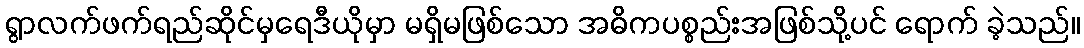
ရွာလက်ဖက်ရည်ဆိုင်မှရေဒီယိုမှာ မရှိမဖြစ်သော အဓိကပစ္စည်းအဖြစ်သို့ပင် ရောက် ခဲ့သည်။